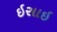
ઇસાઇ